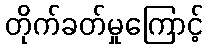
တိုက်ခတ်မှုကြောင့်